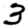
Digit: 3